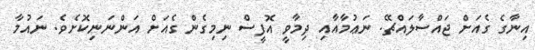
އިނާގެ ގެއަށް ޖައްސާލައްޗޭ. ނަޢުމާއާއި ދިމާވީ އޮފީސް ނިމިގެން ގެއަށް އަންނަނިކޮށެވެ. ނައުމާ